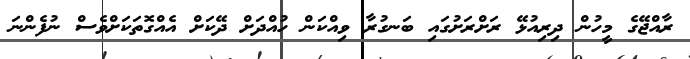
ރާއްޖޭގެ މީހުން ދިރިއުޅޭ ރަށްރަށުގައި ބަނގުރާ ވިއްކަން ހުއްދަށް ދޭކަށް އެއްގޮތަކަށްވެސް ނުފެންނަ